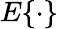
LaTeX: E\{ \cdot\}